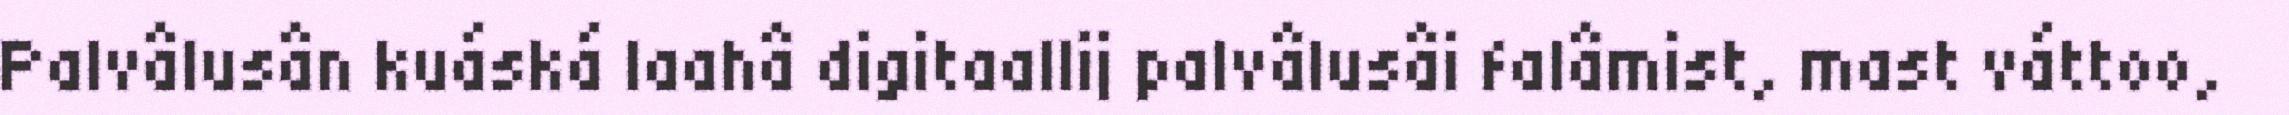
Palvâlusân kuáská laahâ digitaallij palvâlusâi falâmist, mast váttoo,